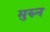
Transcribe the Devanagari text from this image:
मुरुन